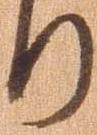
り